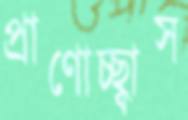
প্রাণোচ্ছ্বাস